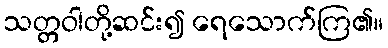
သတ္တဝါတို့ဆင်း၍ ရေသောက်ကြ၏။